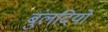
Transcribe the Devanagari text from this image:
बुंलदियो